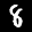
Label: 8